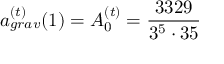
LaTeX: a _ { g r a v } ^ { ( t ) } ( 1 ) = A _ { 0 } ^ { ( t ) } = \frac { 3 3 2 9 } { 3 ^ { 5 } \cdot 3 5 }